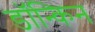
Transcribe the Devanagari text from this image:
डॉन्किन